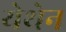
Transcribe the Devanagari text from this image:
येथेन